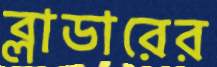
ব্লাডারের